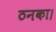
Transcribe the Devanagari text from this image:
ठनका।